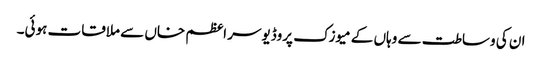
ان کی وساطت سے وہاں کے میوزک پروڈیوسر اعظم خاں سے ملاقات ہوئی۔